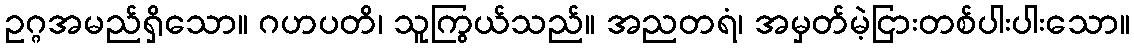
ဥဂ္ဂအမည်ရှိသော။ ဂဟပတိ၊ သူကြွယ်သည်။ အညတရံ၊ အမှတ်မဲ့ငြားတစ်ပါးပါးသော။